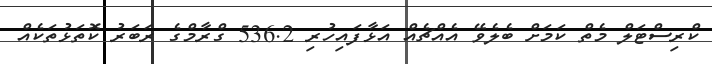
ކްރިސްޓަލް މެތް ކަމަށް ބެލެވޭ އެއްޗެއް އަޅާފައިހުރި 536.2 ގްރާމްގެ ރަބަރު ކޮތަޅުތަކެއް